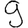
Digit: 9